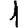
Digit: 1